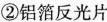
②铝箔反光片